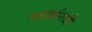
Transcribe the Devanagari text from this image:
ध्वजनिधी